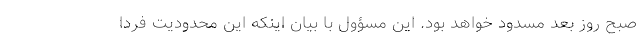
صبح روز بعد مسدود خواهد بود. این مسؤول با بیان اینکه این محدودیت فردا